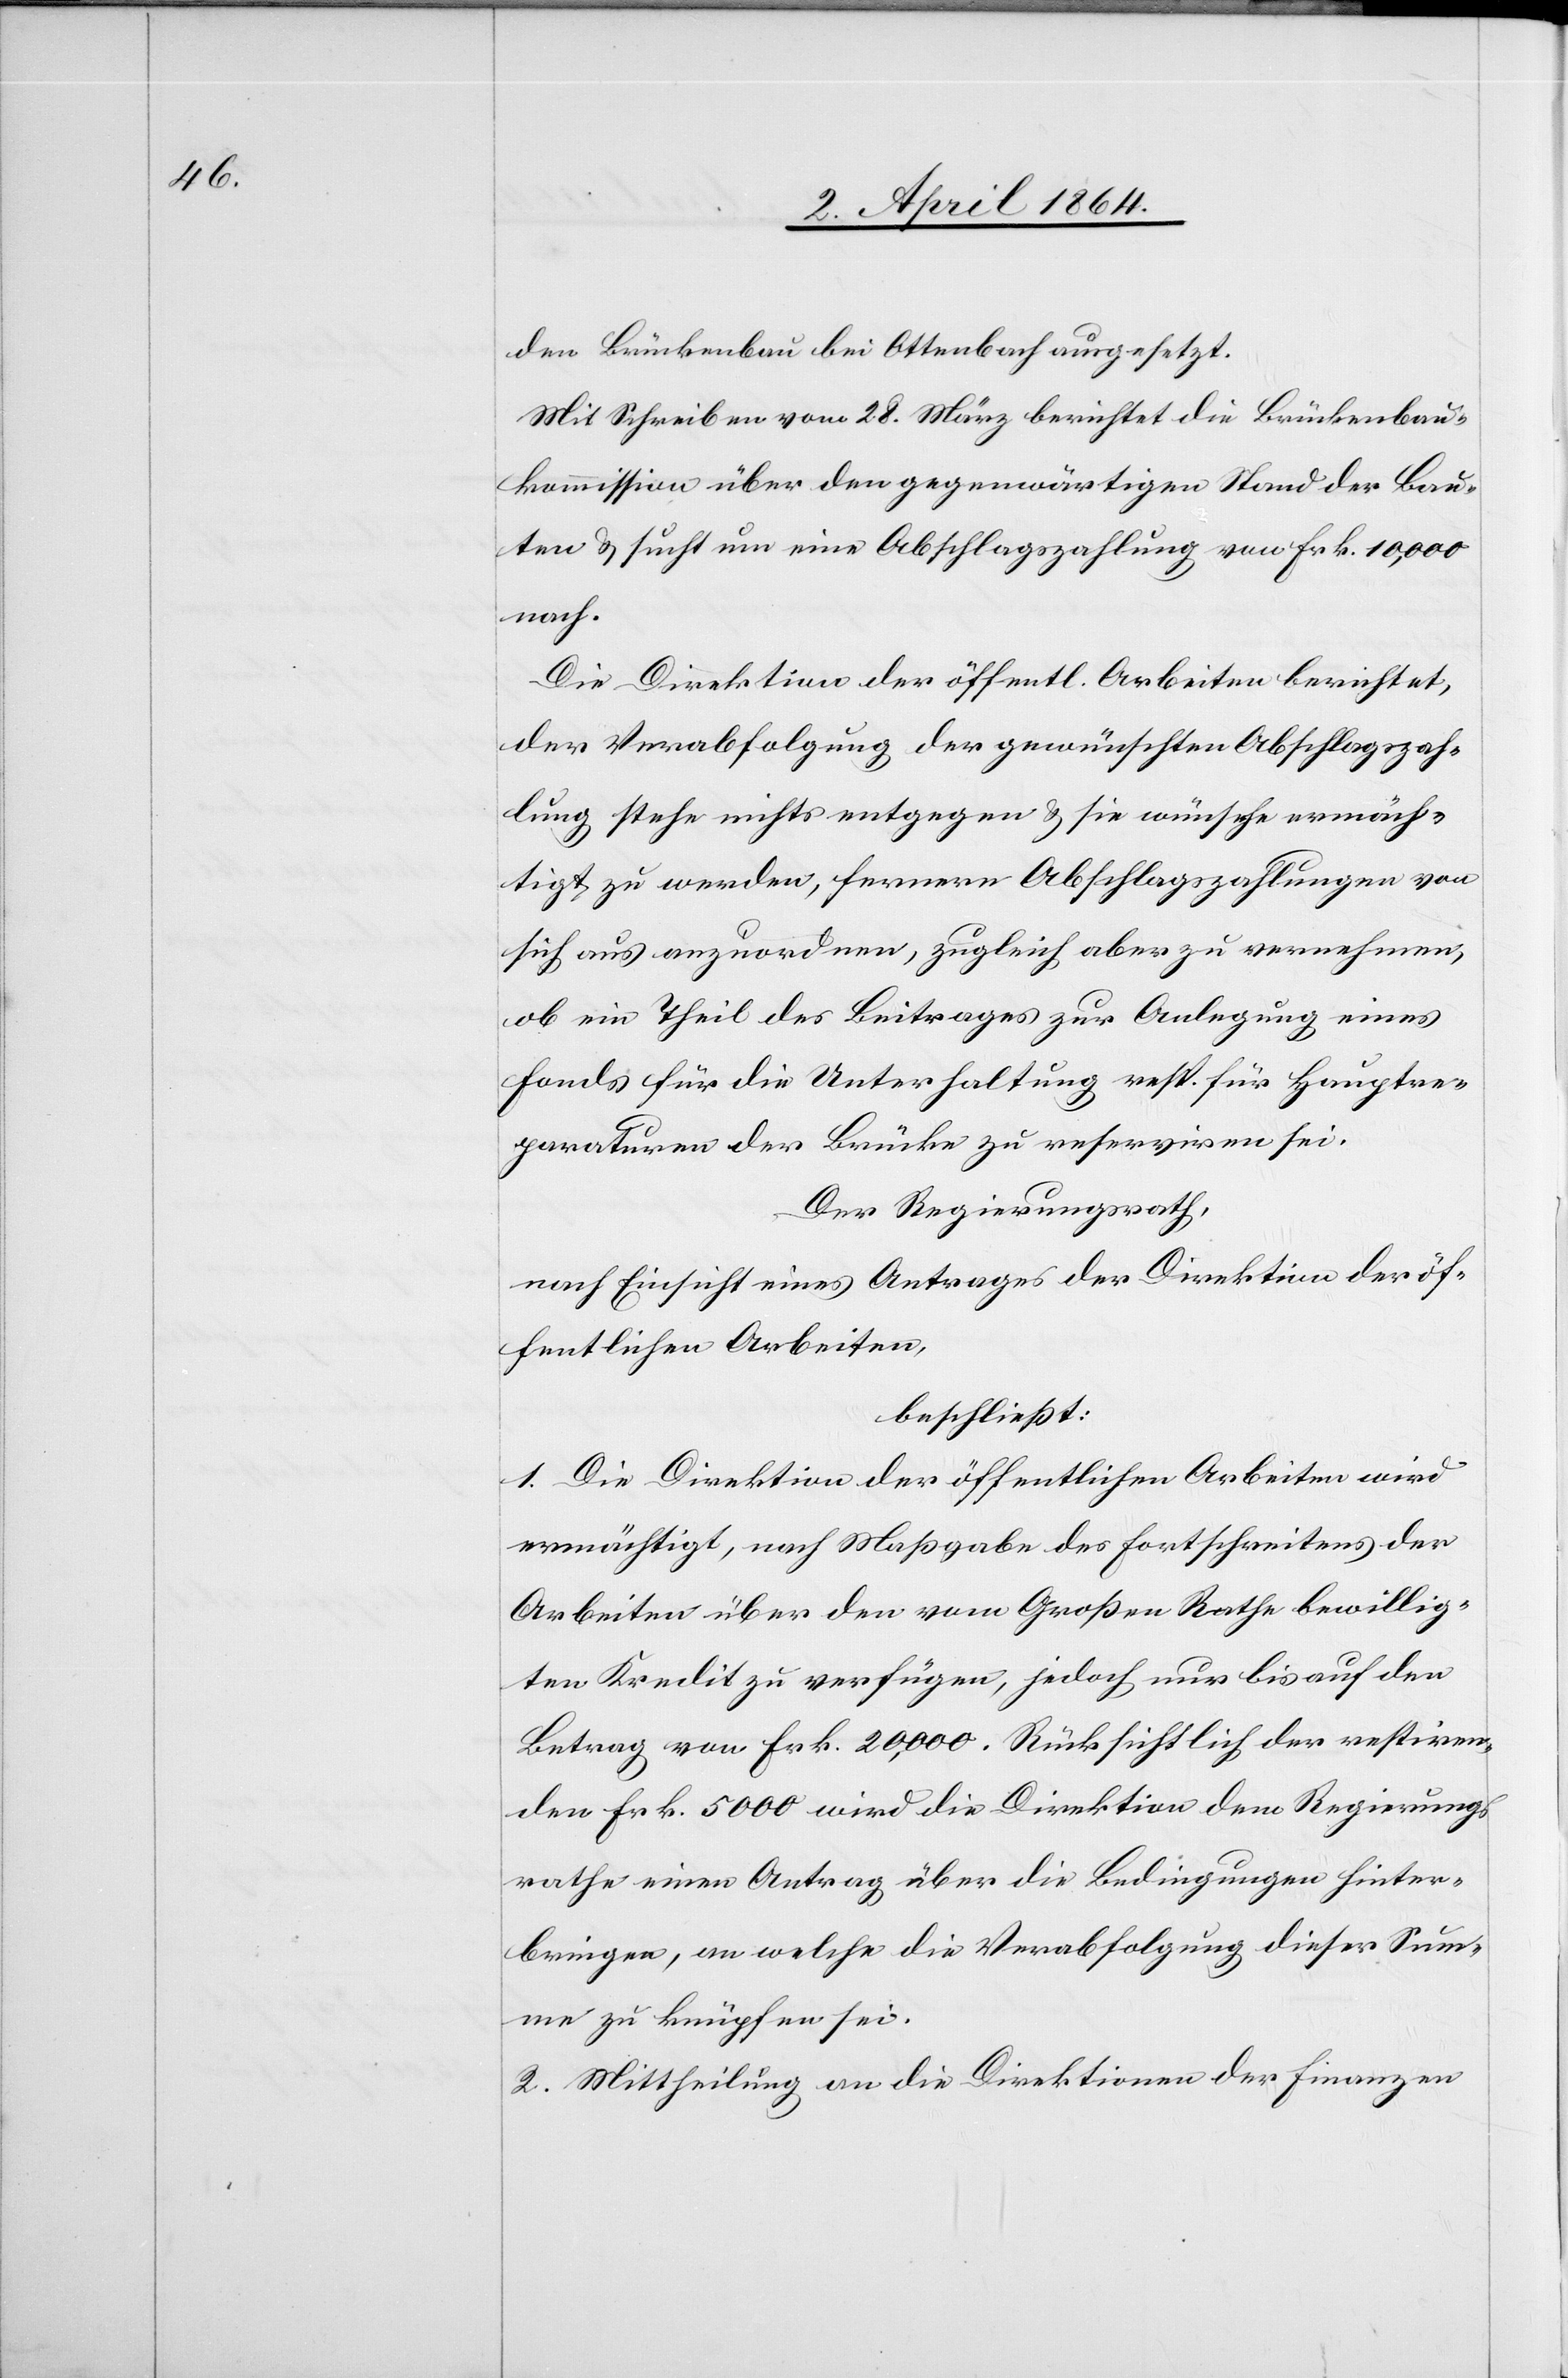
den Brückenbau bei Ottenbach ausgesetzt.
Mit Schreiben vom 28. März berichtet die Brückenbau¬
kommission über den gegenwärtigen Stand der Bau¬
ten u. sucht um eine Abschlagszahlung von Frk. 10,000
nach.
Die Direktion der öffentl. Arbeiten berichtet,
der Verabfolgung der gewünschten Abschlagszah¬
lung stehe nichts entgegen u. sie wünsche ermäch¬
tigt zu werden, fernere Abschlagszahlungen von
sich aus anzuordnen, zugleich aber zu vernehmen,
ob ein Theil des Beitrages zur Anlegung eines
Fonds für die Unterhaltung resp. für Hauptre¬
paraturen der Brücke zu reserviren sei.
Der Regierungsrath,
nach Einsicht eines Antrages der Direktion der öf¬
fentlichen Arbeiten,
beschließt:
1. Die Direktion der öffentlichen Arbeiten wird
ermächtigt, nach Maßgabe des Fortschreitens der
Arbeiten über den vom Großen Rathe bewillig¬
ten Kredit zu verfügen, jedoch nur bis auf den
Betrag von Frk. 20,000. Rücksichtlich der restiren¬
den Frk. 5000 wird die Direktion dem Regierungs¬
rathe einen Antrag über die Bedingungen hinter¬
bringen, an welche die Verabfolgung dieser Sum¬
me zu knüpfen sei.
2. Mittheilung an die Direktionen der Finanzen